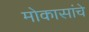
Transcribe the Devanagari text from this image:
मोकासांचे